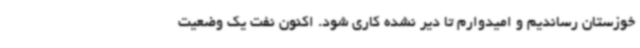
خوزستان رساندیم و امیدوارم تا دیر نشده کاری شود. اکنون نفت یک وضعیت